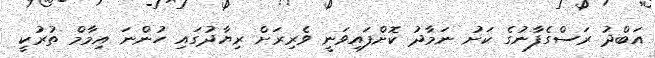
އަބްދު ރަސްގެފާނުގެ ކަށު ނަމާދު ކޮށްފައިވަނީ ވެރިރަށް ރިޔާދުގައި ހުންނަ އިމާމް ތުރުކީ